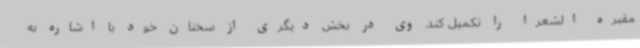
مقبره الشعرا را تکمیل کند. وی در بخش دیگری از سخنان خود با اشاره به